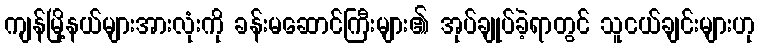
ကျန်မြို့နယ်များအားလုံးကို ခန်းမဆောင်ကြီးများ၏ အုပ်ချုပ်ခဲ့ရာတွင် သူငယ်ချင်းများဟု